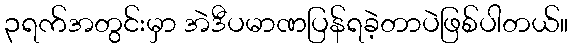
၃ရက်အတွင်းမှာ အဲဒီပမာဏပြန်ရခဲ့တာပဲဖြစ်ပါတယ်။